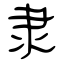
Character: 隶